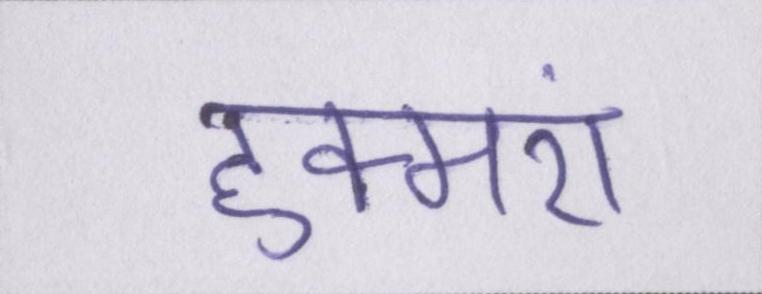
हुक्मरां